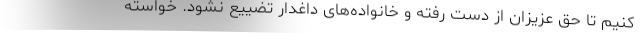
کنیم تا حق عزیزان از دست رفته و خانواده‌های داغدار تضییع نشود. خواسته